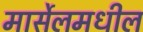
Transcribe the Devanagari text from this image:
मार्सेलमधील